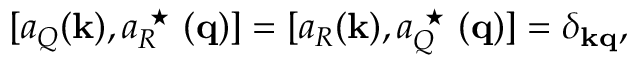
[ a _ { Q } ( { \bf k } ) , a _ { R } ^ { \mathrm { \normalsize ~ \star ~ } } ( { \bf q } ) ] = [ a _ { R } ( { \bf k } ) , a _ { Q } ^ { \mathrm { \normalsize ~ \star ~ } } ( { \bf q } ) ] = \delta _ { \bf k q } ,